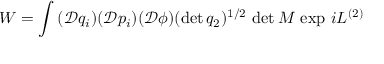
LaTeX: W = \int \, ( \mathcal { D } q _ { i } ) ( \mathcal { D } p _ { i } ) ( \mathcal { D } \phi ) ( \operatorname * { d e t } q _ { 2 } ) ^ { 1 / 2 } \, \operatorname * { d e t } M \, \exp \, i L ^ { ( 2 ) }